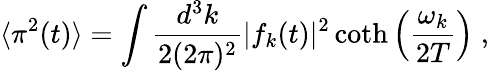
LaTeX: \langle\pi^{2}(t)\rangle=\int\frac{d^{3}k}{2(2\pi)^{2}}|f_{k}(t)|^{2}\coth\left(\frac{\omega_{k}}{2T}\right)\; ,